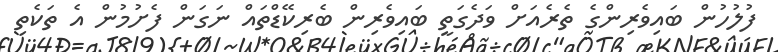
ފުލުހުން ބައިވެރިންގެ ތެރެއަށް ވަދެގަތީ ބައިވެރިން ބެރިކޭޑްތައް ނަގަން ފެށުމުން އެ ތަކެތި